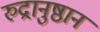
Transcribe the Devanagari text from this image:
रुद्रानुष्ठान